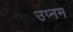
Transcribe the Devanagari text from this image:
उप्नम